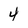
Character: 4